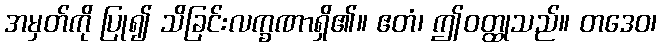
အမှတ်ကို ပြု၍ သိခြင်းလက္ခဏာရှိ၏။ ဧတံ၊ ဤဝတ္ထုသည်။ တဒေဝ၊